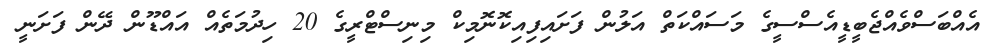
އެއްބަސްވެއްޖެބީޑީއެސްސީގެ މަސައްކަތް އަލުން ފަށައިފިއިކޮނޮމިކް މިނިސްޓްރީގެ 20 ހިދުމަތެއް އައްޑޫން ދޭން ފަށަނީ